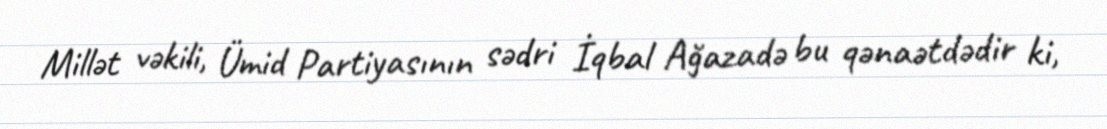
Millət vəkili, Ümid Partiyasının sədri İqbal Ağazadə bu qənaətdədir ki,